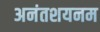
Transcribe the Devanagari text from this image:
अनंतशयनम